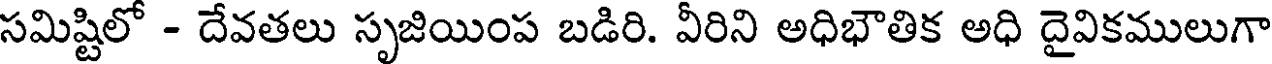
సమిష్టిలో - దేవతలు సృజియింప బడిరి. వీరిని అధిభౌతిక అధి దైవికములుగా